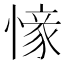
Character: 𢟰